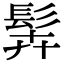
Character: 䯵